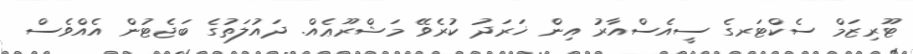
ޓޫރިޒަމް ސެކްޓަރގެ ސީއެސްއާރު އިން ޚަރަދު ކުރެވޭ މަޝްރޫޢެއް. ދައުލަތުގެ ބަޖެޓުން އެއްވެސް